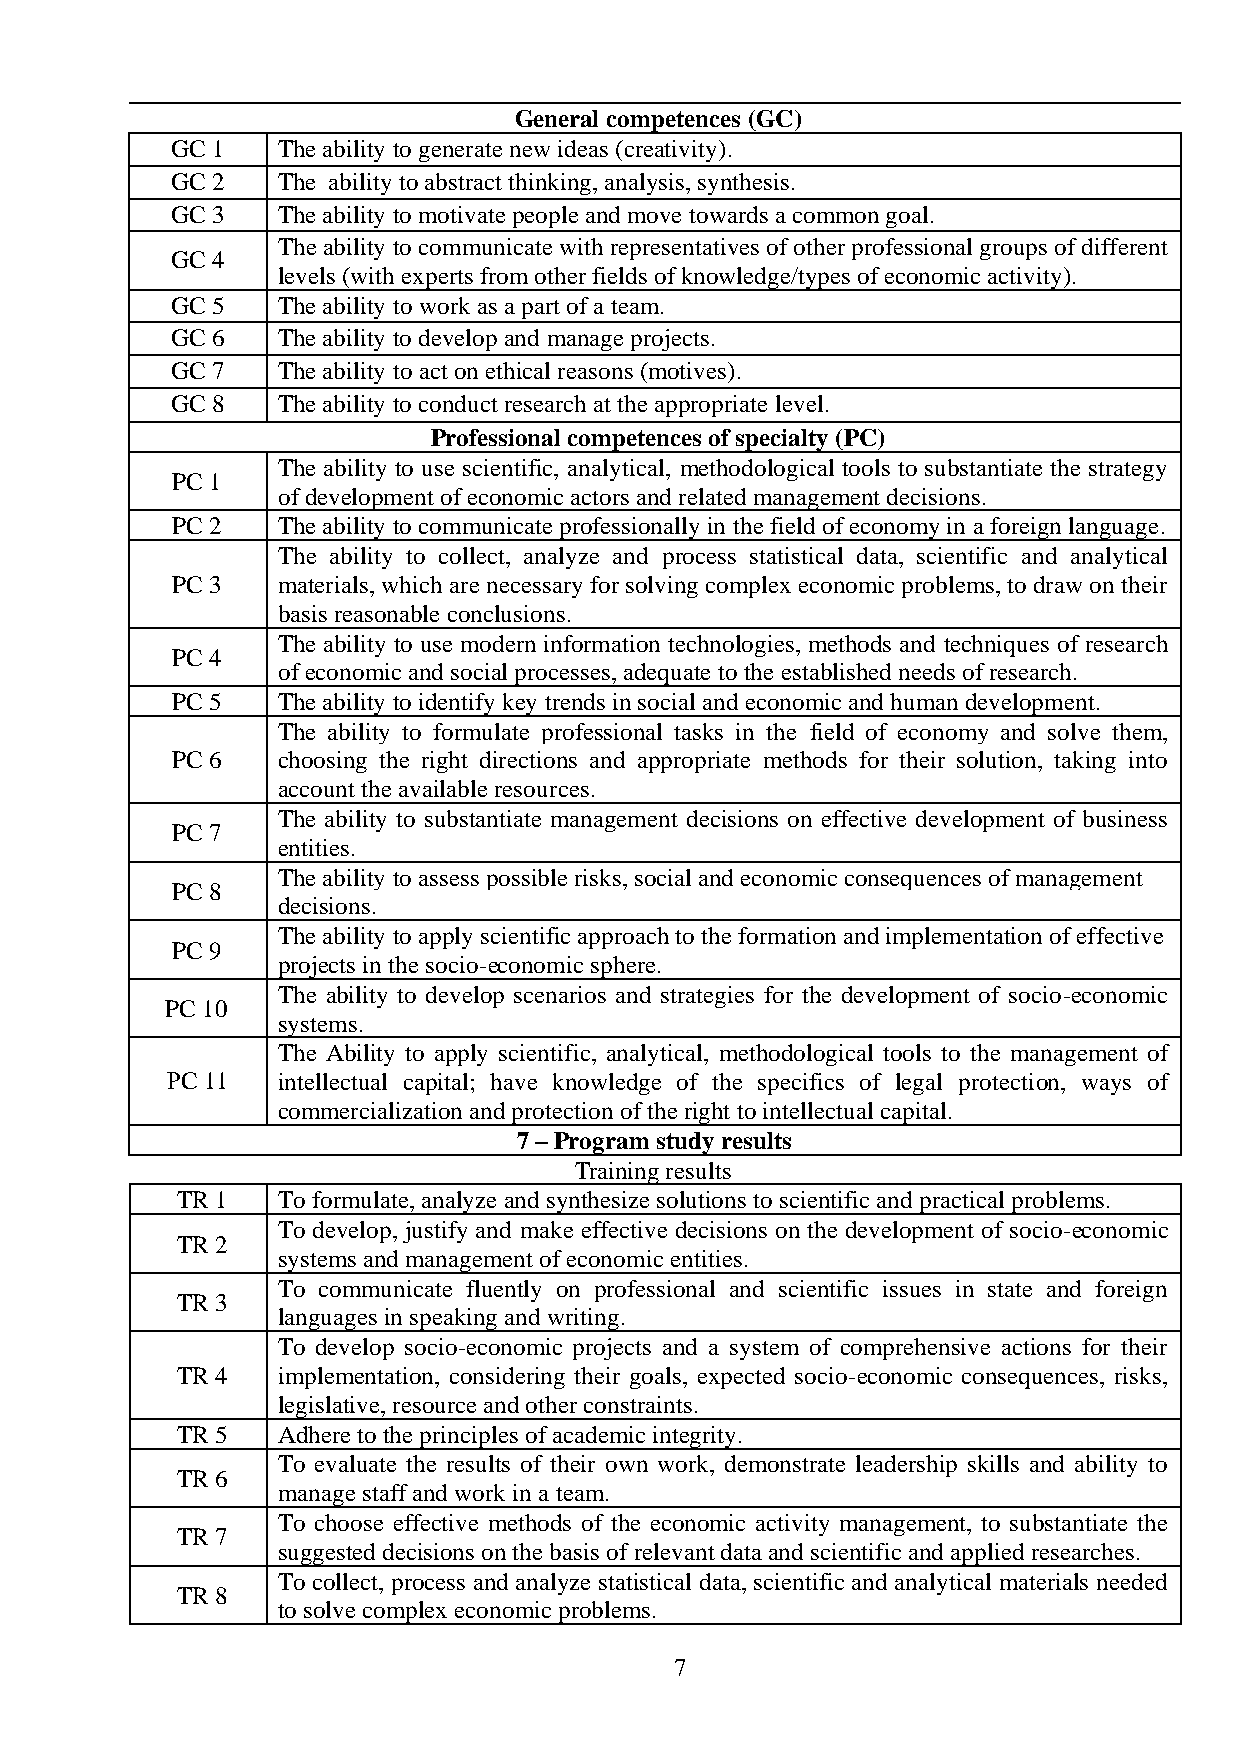
General competences (GC)
 GC 1   The ability to generate new ideas (creativity).
 GC 2   The ability to abstract thinking, analysis, synthesis.
 GC 3   The ability to motivate people and move towards a common goal.
 The ability to communicate with representatives of other professional groups of different
 GC 4
 levels (with experts from other fields of knowledge/types of economic activity).
 GC 5   The ability to work as a part of a team.
 GC 6   The ability to develop and manage projects.
 GC 7   The ability to act on ethical reasons (motives).
 GC 8   The ability to conduct research at the appropriate level.
 Professional competences of specialty (PC)
 The ability to use scientific, analytical, methodological tools to substantiate the strategy
 PC 1
 of development of economic actors and related management decisions.
 PC 2   The ability to communicate professionally in the field of economy in a foreign language.
 The ability to collect, analyze and process statistical data, scientific and analytical
 PC 3   materials, which are necessary for solving complex economic problems, to draw on their
 basis reasonable conclusions.
 The ability to use modern information technologies, methods and techniques of research
 PC 4
 of economic and social processes, adequate to the established needs of research.
 PC 5   The ability to identify key trends in social and economic and human development.
 The ability to formulate professional tasks in the field of economy and solve them,
 PC 6   choosing the right directions and appropriate methods for their solution, taking into
 account the available resources.
 The ability to substantiate management decisions on effective development of business
 PC 7
 entities.
 The ability to assess possible risks, social and economic consequences of management
 PC 8
 decisions.
 The ability to apply scientific approach to the formation and implementation of effective
 PC 9
 projects in the socio-economic sphere.
 The ability to develop scenarios and strategies for the development of socio-economic
 PC 10
 systems.
 The Ability to apply scientific, analytical, methodological tools to the management of
 РC 11  intellectual capital; have knowledge of the specifics of legal protection, ways of
 commercialization and protection of the right to intellectual capital.
 7 – Program study results
 Training results
 TR 1  To formulate, analyze and synthesize solutions to scientific and practical problems.
 To develop, justify and make effective decisions on the development of socio-economic
 TR 2
 systems and management of economic entities.
 To communicate fluently on professional and scientific issues in state and foreign
 TR 3
 languages in speaking and writing.
 To develop socio-economic projects and a system of comprehensive actions for their
 TR 4  implementation, considering their goals, expected socio-economic consequences, risks,
 legislative, resource and other constraints.
 TR 5  Adhere to the principles of academic integrity.
 To evaluate the results of their own work, demonstrate leadership skills and ability to
 TR 6
 manage staff and work in a team.
 To choose effective methods of the economic activity management, to substantiate the
 TR 7
 suggested decisions on the basis of relevant data and scientific and applied researches.
 To collect, process and analyze statistical data, scientific and analytical materials needed
 TR 8
 to solve complex economic problems.
 7